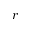
r